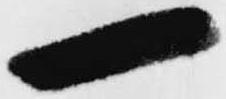
一